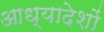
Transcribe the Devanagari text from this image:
आध्यादेशों